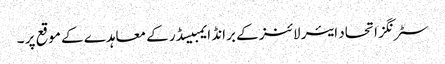
سٹرنگز اتحاد ایئر لائنز کے برانڈ ایمبیسڈر کے معاہدے کے موقع پر ۔